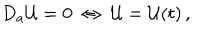
LaTeX: D _ { a } { \cal U } = 0 ~ \Leftrightarrow ~ { \cal U } = { \cal U } ( t ) \, ,